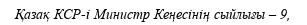
Қазақ КСР-і Министр Кеңесінің сыйлығы – 9,